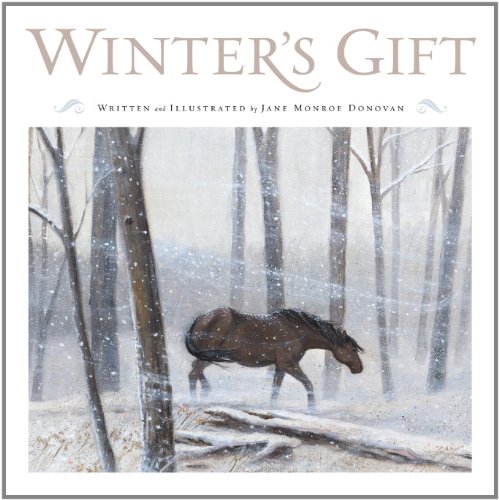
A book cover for Winter's Gift; Jane Monroe Donovan; Children's Books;